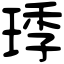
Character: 㻑